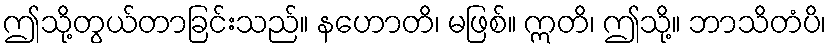
ဤသို့တွယ်တာခြင်းသည်။ နဟောတိ၊ မဖြစ်။ ဣတိ၊ ဤသို့။ ဘာသိတံပိ၊